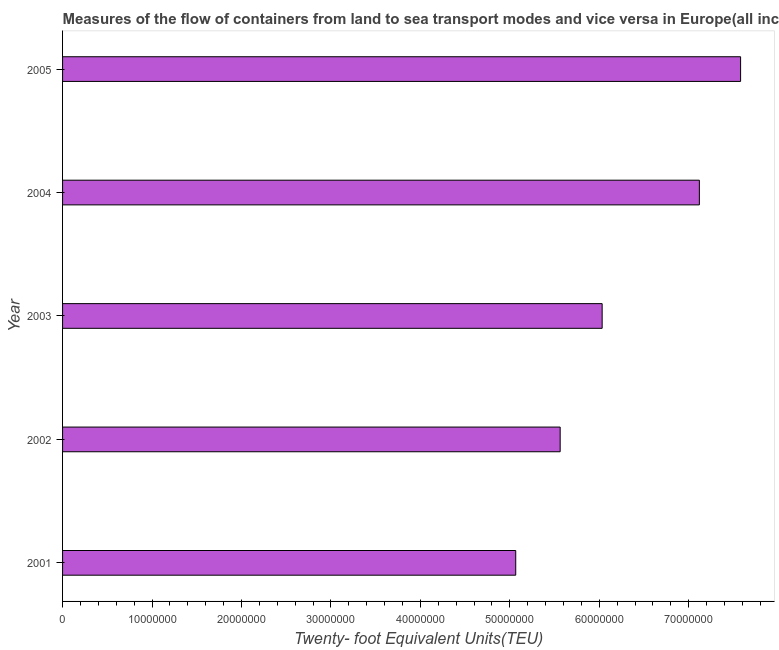
| Year | Container port traffic |
 | --- | --- |
 | 2001 | 5.07e+07 |
 | 2002 | 5.56e+07 |
 | 2003 | 6.03e+07 |
 | 2004 | 7.12e+07 |
 | 2005 | 7.58e+07 |